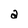
Character: a